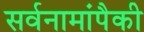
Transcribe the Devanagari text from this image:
सर्वनामांपैकी